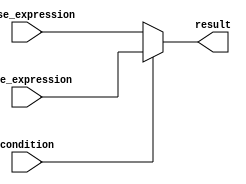
module conditional_operator (
    input wire condition,
    input wire true_expression,
    input wire false_expression,
    output wire result
);

assign result = condition ? true_expression : false_expression;

endmodule